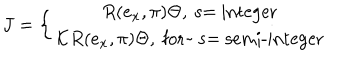
J = \left\{ \begin{array} { c } { { R ( e _ { x } , \pi ) \Theta , \mathrm { ~ s = ~ i n t e g e r } } } \\ { { { \cal K } R ( e _ { x } , \pi ) \Theta , \mathrm { ~ f o r ~ ~ s = ~ s e m i - i n t e g e r } } } \\ \end{array} \right.